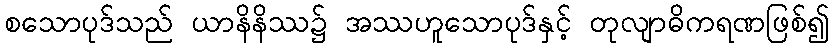
စသောပုဒ်သည် ယာနိနိဿ၌ အဿဟူသောပုဒ်နှင့် တုလျာဓိကရဏဖြစ်၍